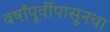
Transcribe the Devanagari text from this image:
वर्षांपूर्वीपासूनचा